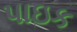
પાઇક